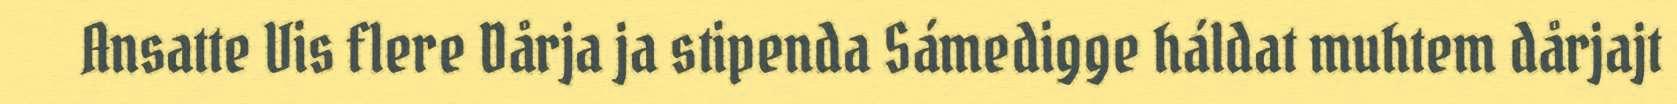
Ansatte Vis flere Dårja ja stipenda Sámedigge háldat muhtem dårjajt